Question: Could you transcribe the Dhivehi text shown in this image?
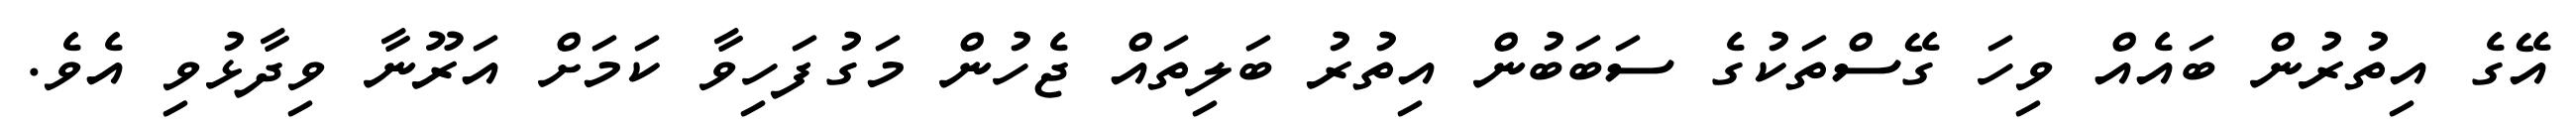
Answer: އޭގެ އިތުރުން ބައެއް ވިހަ ގޭސްތަކުގެ ސަބަބުން އިތުރު ބަލިތައް ޖެހުން މަގުފަހިވާ ކަމަށް އަރޫނާ ވިދާޅުވި އެވެ.